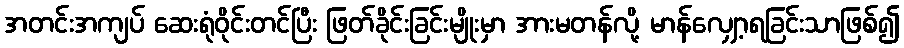
အတင်းအကျပ် ဆေးရုံဝိုင်းတင်ပြီး ဖြတ်ခိုင်းခြင်းမျိုးမှာ အားမတန်လို့ မာန်လျှော့ရခြင်းသာဖြစ်၍